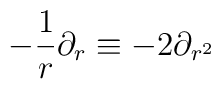
-\frac{1}{r} \partial_{r} \equiv -2 \partial_{r^{2}}